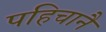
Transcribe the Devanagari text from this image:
पहिचानै